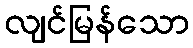
လျင်မြန်သော